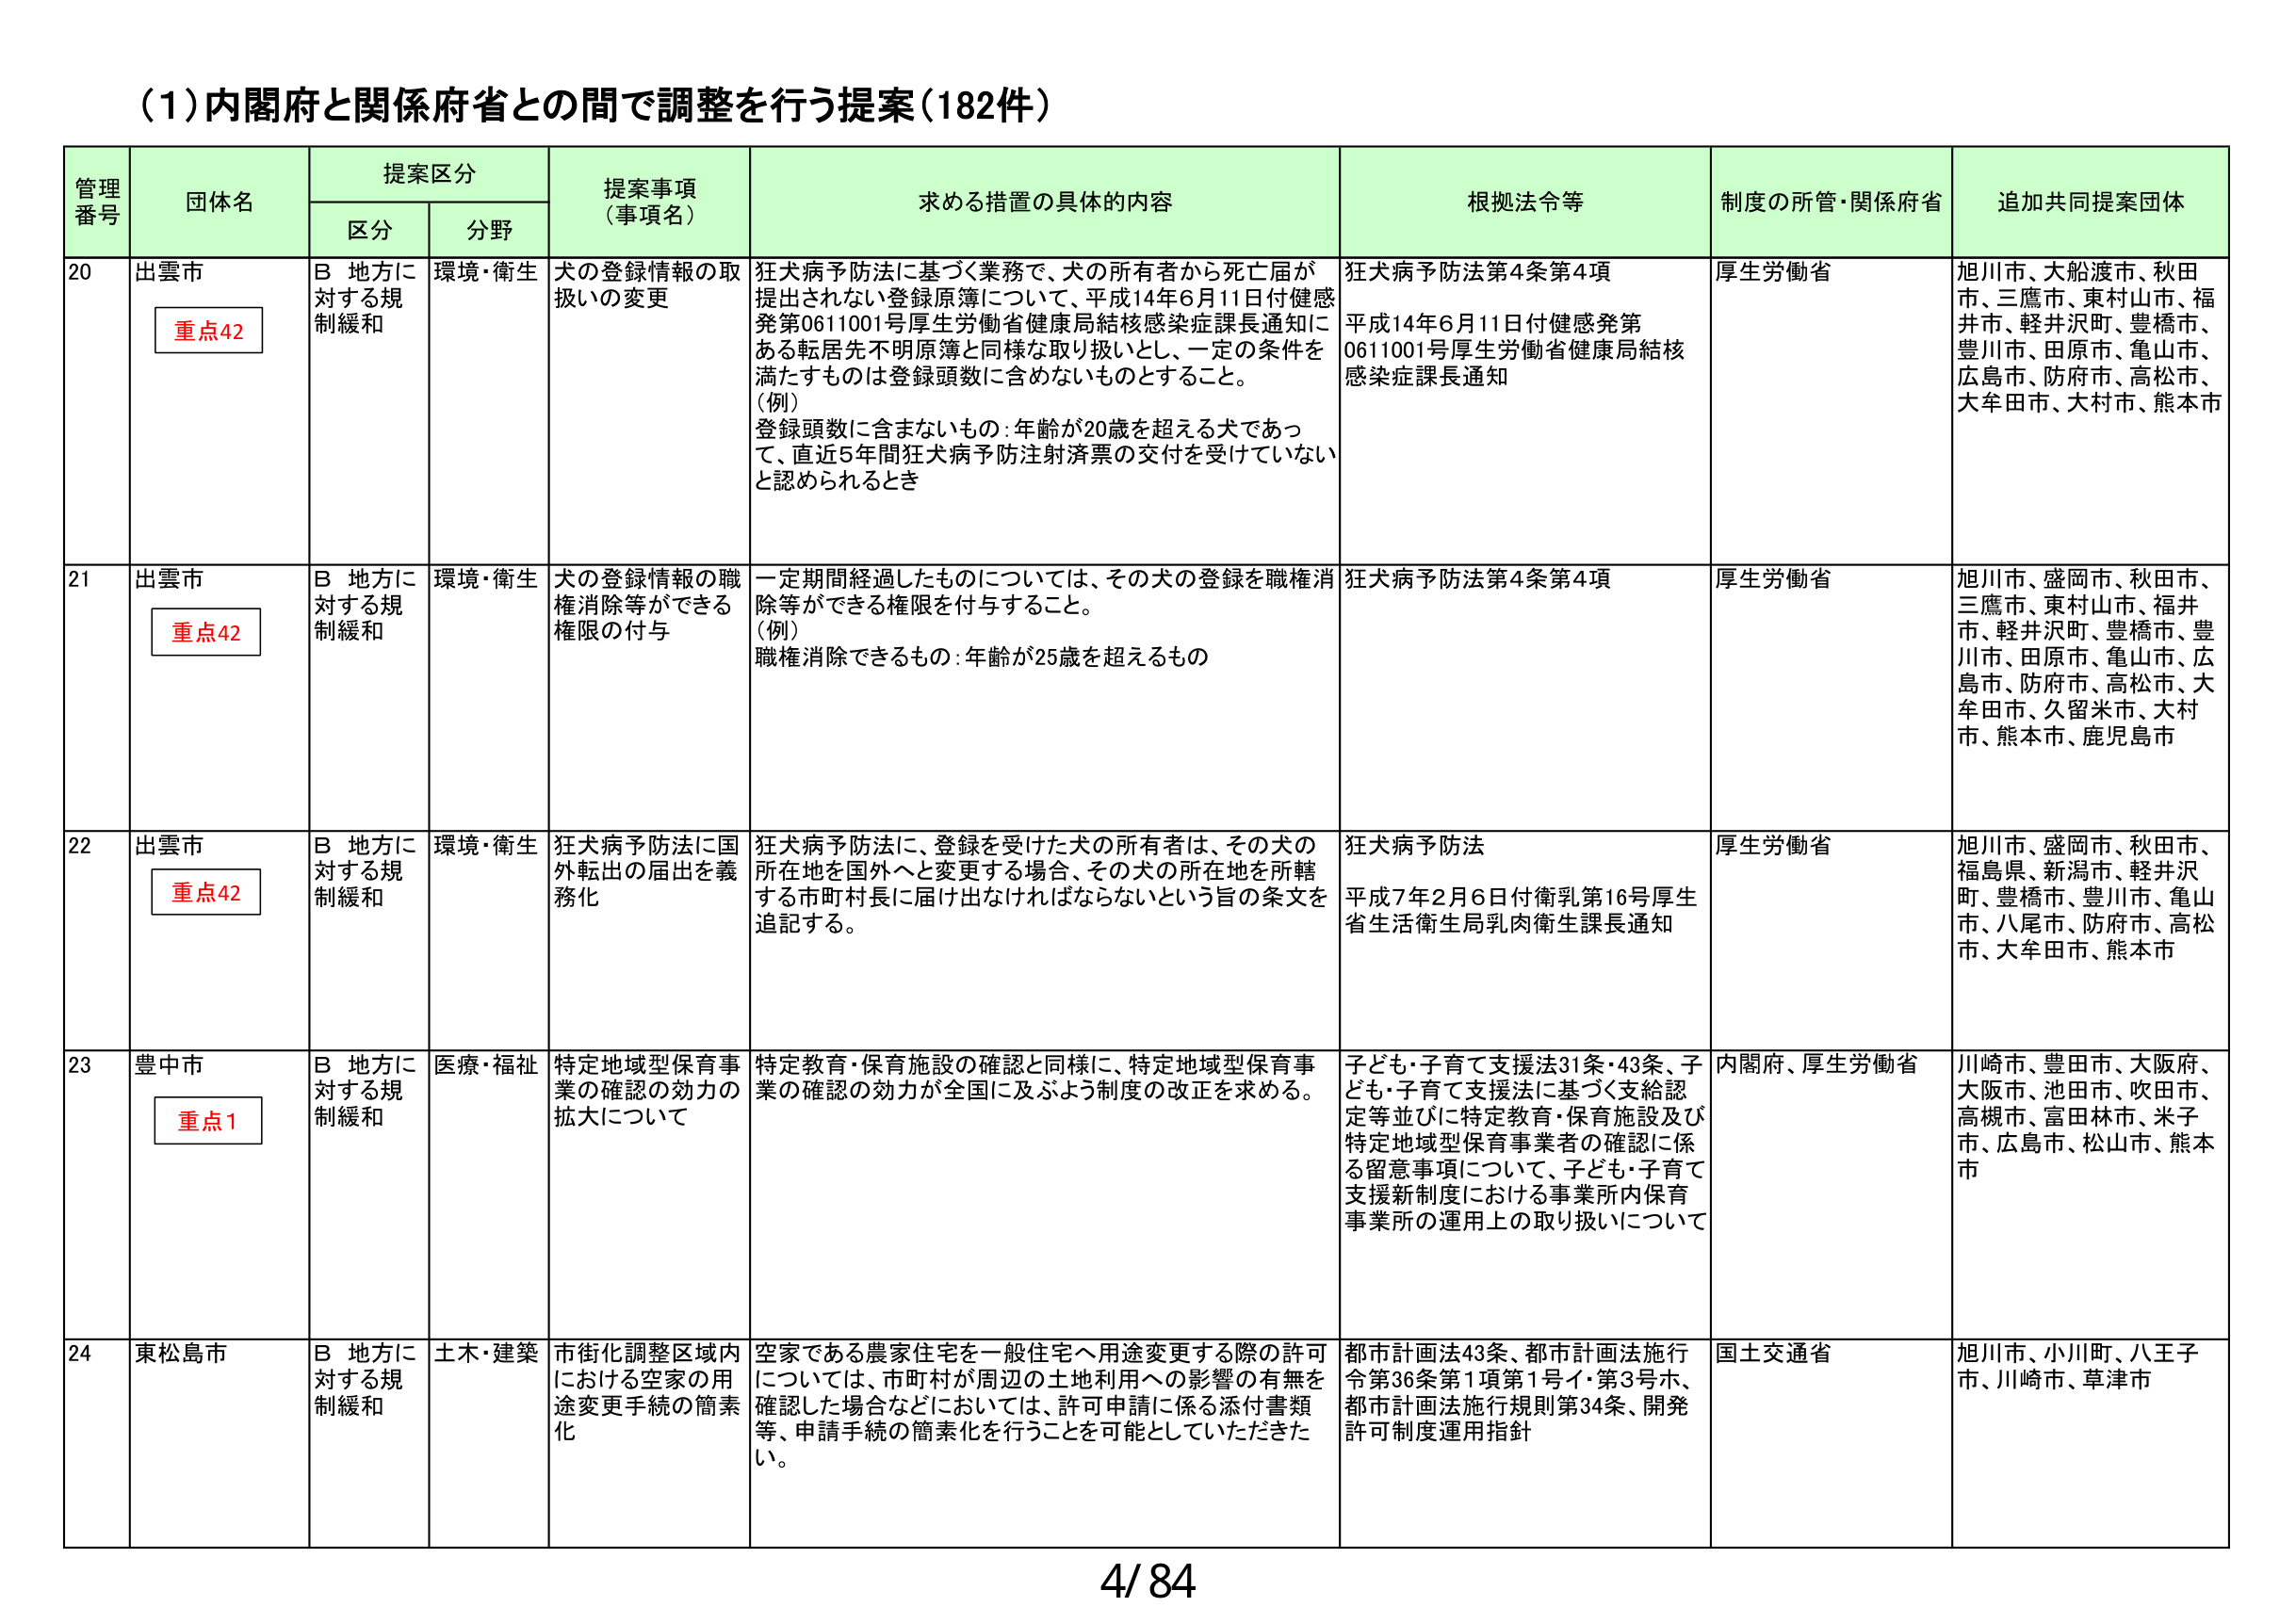
(1)内閣府と関係府省との間で調整を行う提案(182件)

管理番号	団体名	提案区分	提案事項（事項名）	求める措置の具体的内容	根拠法令等	制度の所管・関係府省	追加共同提案団体
		区分	分野
20	出雲市	重点42	B 地方に対する規制緩和	環境・衛生	犬の登録情報の取扱いの変更	狂犬病予防法に基づく業務で、犬の所有者から死亡届が提出されない登録原簿について、平成14年6月11日付健感発第0611001号厚生労働省健康局結核感染症課長通知にある転居先不明原簿と同様な取り扱いとし、一定の条件を満たすものは登録頭数に含めないものとすること。(例)登録頭数に含まないもの:年齢が20歳を超える犬であって、直近5年間狂犬病予防注射済票の交付を受けていないと認められるとき	狂犬病予防法第4条第4項平成14年6月11日付健感発第0611001号厚生労働省健康局結核感染症課長通知	厚生労働省	旭川市、大船渡市、秋田市、三鷹市、東村山市、福井市、軽井沢町、豊橋市、豊川市、田原市、亀山市、広島市、防府市、高松市、大牟田市、大村市、熊本市
21	出雲市	重点42	B 地方に対する規制緩和	環境・衛生	犬の登録情報の職権消除等ができる権限の付与	一定期間経過したものについては、その犬の登録を職権消除等ができる権限を付与すること。(例)職権消除できるもの:年齢が25歳を超えるもの	狂犬病予防法第4条第4項	厚生労働省	旭川市、盛岡市、秋田市、三鷹市、東村山市、福井市、軽井沢町、豊橋市、豊川市、田原市、亀山市、広島市、防府市、高松市、大牟田市、久留米市、大村市、熊本市、鹿児島市
22	出雲市	重点42	B 地方に対する規制緩和	環境・衛生	狂犬病予防法に国外転出の届出を義務化	狂犬病予防法に、登録を受けた犬の所有者は、その犬の所在地を国外へと変更する場合、その犬の所在地を所轄する市町村長に届け出なければならないという旨の条文を追記する。	狂犬病予防法平成7年2月6日付衛乳第16号厚生省生活衛生局乳肉衛生課長通知	厚生労働省	旭川市、盛岡市、秋田市、福島県、新潟市、軽井沢町、豊橋市、豊川市、亀山市、八尾市、防府市、高松市、大牟田市、熊本市
23	豊中市	重点1	B 地方に対する規制緩和	医療・福祉	特定地域型保育事業の確認の効力の拡大について	特定教育・保育施設の確認と同様に、特定地域型保育事業の確認の効力が全国に及ぶよう制度の改正を求める。	子ども・子育て支援法31条・43条、子ども・子育て支援法に基づく支給認定等並びに特定教育・保育施設及び特定地域型保育事業者の確認に係る留意事項について、子ども・子育て支援新制度における事業所内保育事業所の運用上の取り扱いについて	内閣府、厚生労働省	川崎市、豊田市、大阪府、大阪市、池田市、吹田市、高槻市、富田林市、米子市、広島市、松山市、熊本市
24	東松島市	B 地方に対する規制緩和	土木・建築	市街化調整区域内における空家の用途変更手続の簡素化	空家である農家住宅を一般住宅へ用途変更する際の許可については、市町村が周辺の土地利用への影響の有無を確認した場合などにおいては、許可申請に係る添付書類等、申請手続の簡素化を行うことを可能としていただきたい。	都市計画法43条、都市計画法施行令第36条第1項第1号イ・第3号ホ、都市計画法施行規則第34条、開発許可制度運用指針	国土交通省	旭川市、小川町、八王子市、川崎市、草津市

4/84